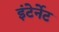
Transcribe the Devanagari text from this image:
इंटेर्नेट